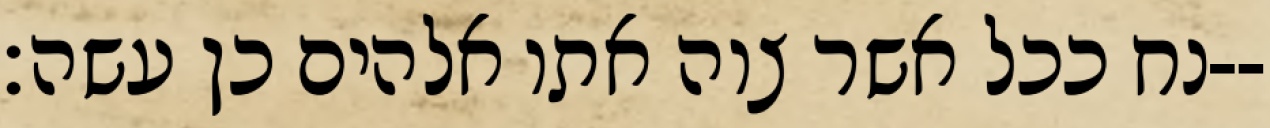
נח ככל אשר צוה אתו אלהים כן עשה׃--